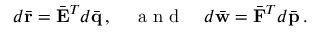
d \bar { \bf r } = \bar { \bf E } ^ { T } d \bar { \bf q } \, , \quad \mathrm { ~ a ~ n ~ d ~ } \quad d \bar { \bf w } = \bar { \bf F } ^ { T } d \bar { \bf p } \, .